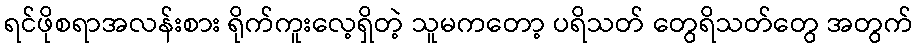
ရင်ဖိုစရာအလန်းစား ရိုက်ကူးလေ့ရှိတဲ့ သူမကတော့ ပရိသတ် တွေရိသတ်တွေ အတွက်